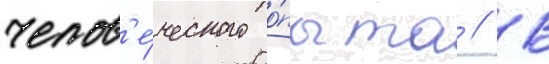
челов'е́ческого о́пыта // В